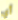
أي